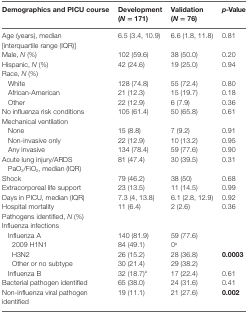
| Demographics and PICU course | Development (N = 171) | Validation (N = 76) | p-Value |
 | --- | --- | --- | --- |
 | Age (years), median [interquartile range (IQR)] | 6.5 (3.4, 10.9) | 6.6 (1.8, 11.8) | 0.81 |
 | Male, N (%) | 102 (59.6) | 38 (50.0) | 0.20 |
 | Hispanic, N (%) | 42 (24.6) | 19 (25.0) | 0.94 |
 | <COLSPAN=4> Race, N (%) |
 | White | 128 (74.8) | 55 (72.4) | 0.80 |
 | African-American | 21 (12.3) | 15 (19.7) | 0.18 |
 | Other | 22 (12.9) | 6 (7.9) | 0.36 |
 | No influenza risk conditions | 105 (61.4) | 50 (65.8) | 0.61 |
 | <COLSPAN=4> Mechanical ventilation |
 | None | 15 (8.8) | 7 (9.2) | 0.91 |
 | Non-invasive only | 22 (12.9) | 10 (13.2) | 0.95 |
 | Any invasive | 134 (78.4) | 59 (77.6) | 0.90 |
 | Acute lung injury/ARDS | 81 (47.4) | 30 (39.5) | 0.31 |
 | <COLSPAN=4> PaO2/FiO2, median (IQR) |
 | Shock | 79 (46.2) | 38 (50) | 0.68 |
 | Extracorporeal life support | 23 (13.5) | 11 (14.5) | 0.99 |
 | Days in PICU, median (IQR) | 7.3 (4, 13.8) | 6.1 (2.8, 12.9) | 0.92 |
 | Hospital mortality | 11 (6.4) | 2 (2.6) | 0.36 |
 | <COLSPAN=4> Pathogens identified, N (%) |
 | <COLSPAN=4> Influenza infections |
 | Influenza A | 140 (81.9) | 59 (77.6) |  |
 | 2009 H1N1 | 84 (49.1) | 0a |  |
 | H3N2 | 26 (15.2) | 28 (36.8) | 0.0003 |
 | Other or no subtype | 30 (21.4) | 29 (38.2) |  |
 | Influenza B | 32 (18.7)a | 17 (22.4) | 0.61 |
 | Bacterial pathogen identified | 65 (38.0) | 24 (31.6) | 0.41 |
 | Non-influenza viral pathogen identified | 19 (11.1) | 21 (27.6) | 0.002 |